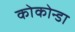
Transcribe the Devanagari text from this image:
कोकोन्डा